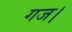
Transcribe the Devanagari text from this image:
गज।